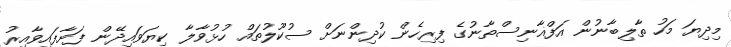
މިދިޔަ މަހު ތާލިބާނުން އަފްޣާނިސްތާނުގެ ފިރިހެން ކުދިންނަށް ސުކޫލުތައް ހުޅުވާލާ ކިޔަވައިދޭން ފަށާފައިވާއިރު